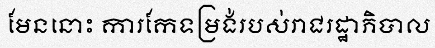
មែននោះ ការកែទម្រង់របស់រាជរដ្ឋាភិបាល